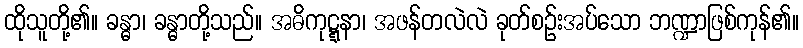
ထိုသူတို့၏။ ခန္ဓာ၊ ခန္ဓာတို့သည်။ အဓိကုဋ္ဋနာ၊ အဖန်တလဲလဲ ခုတ်စဉ်းအပ်သော ဘဏ္ဍာဖြစ်ကုန်၏။